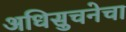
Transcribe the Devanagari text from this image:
अधिसुचनेचा